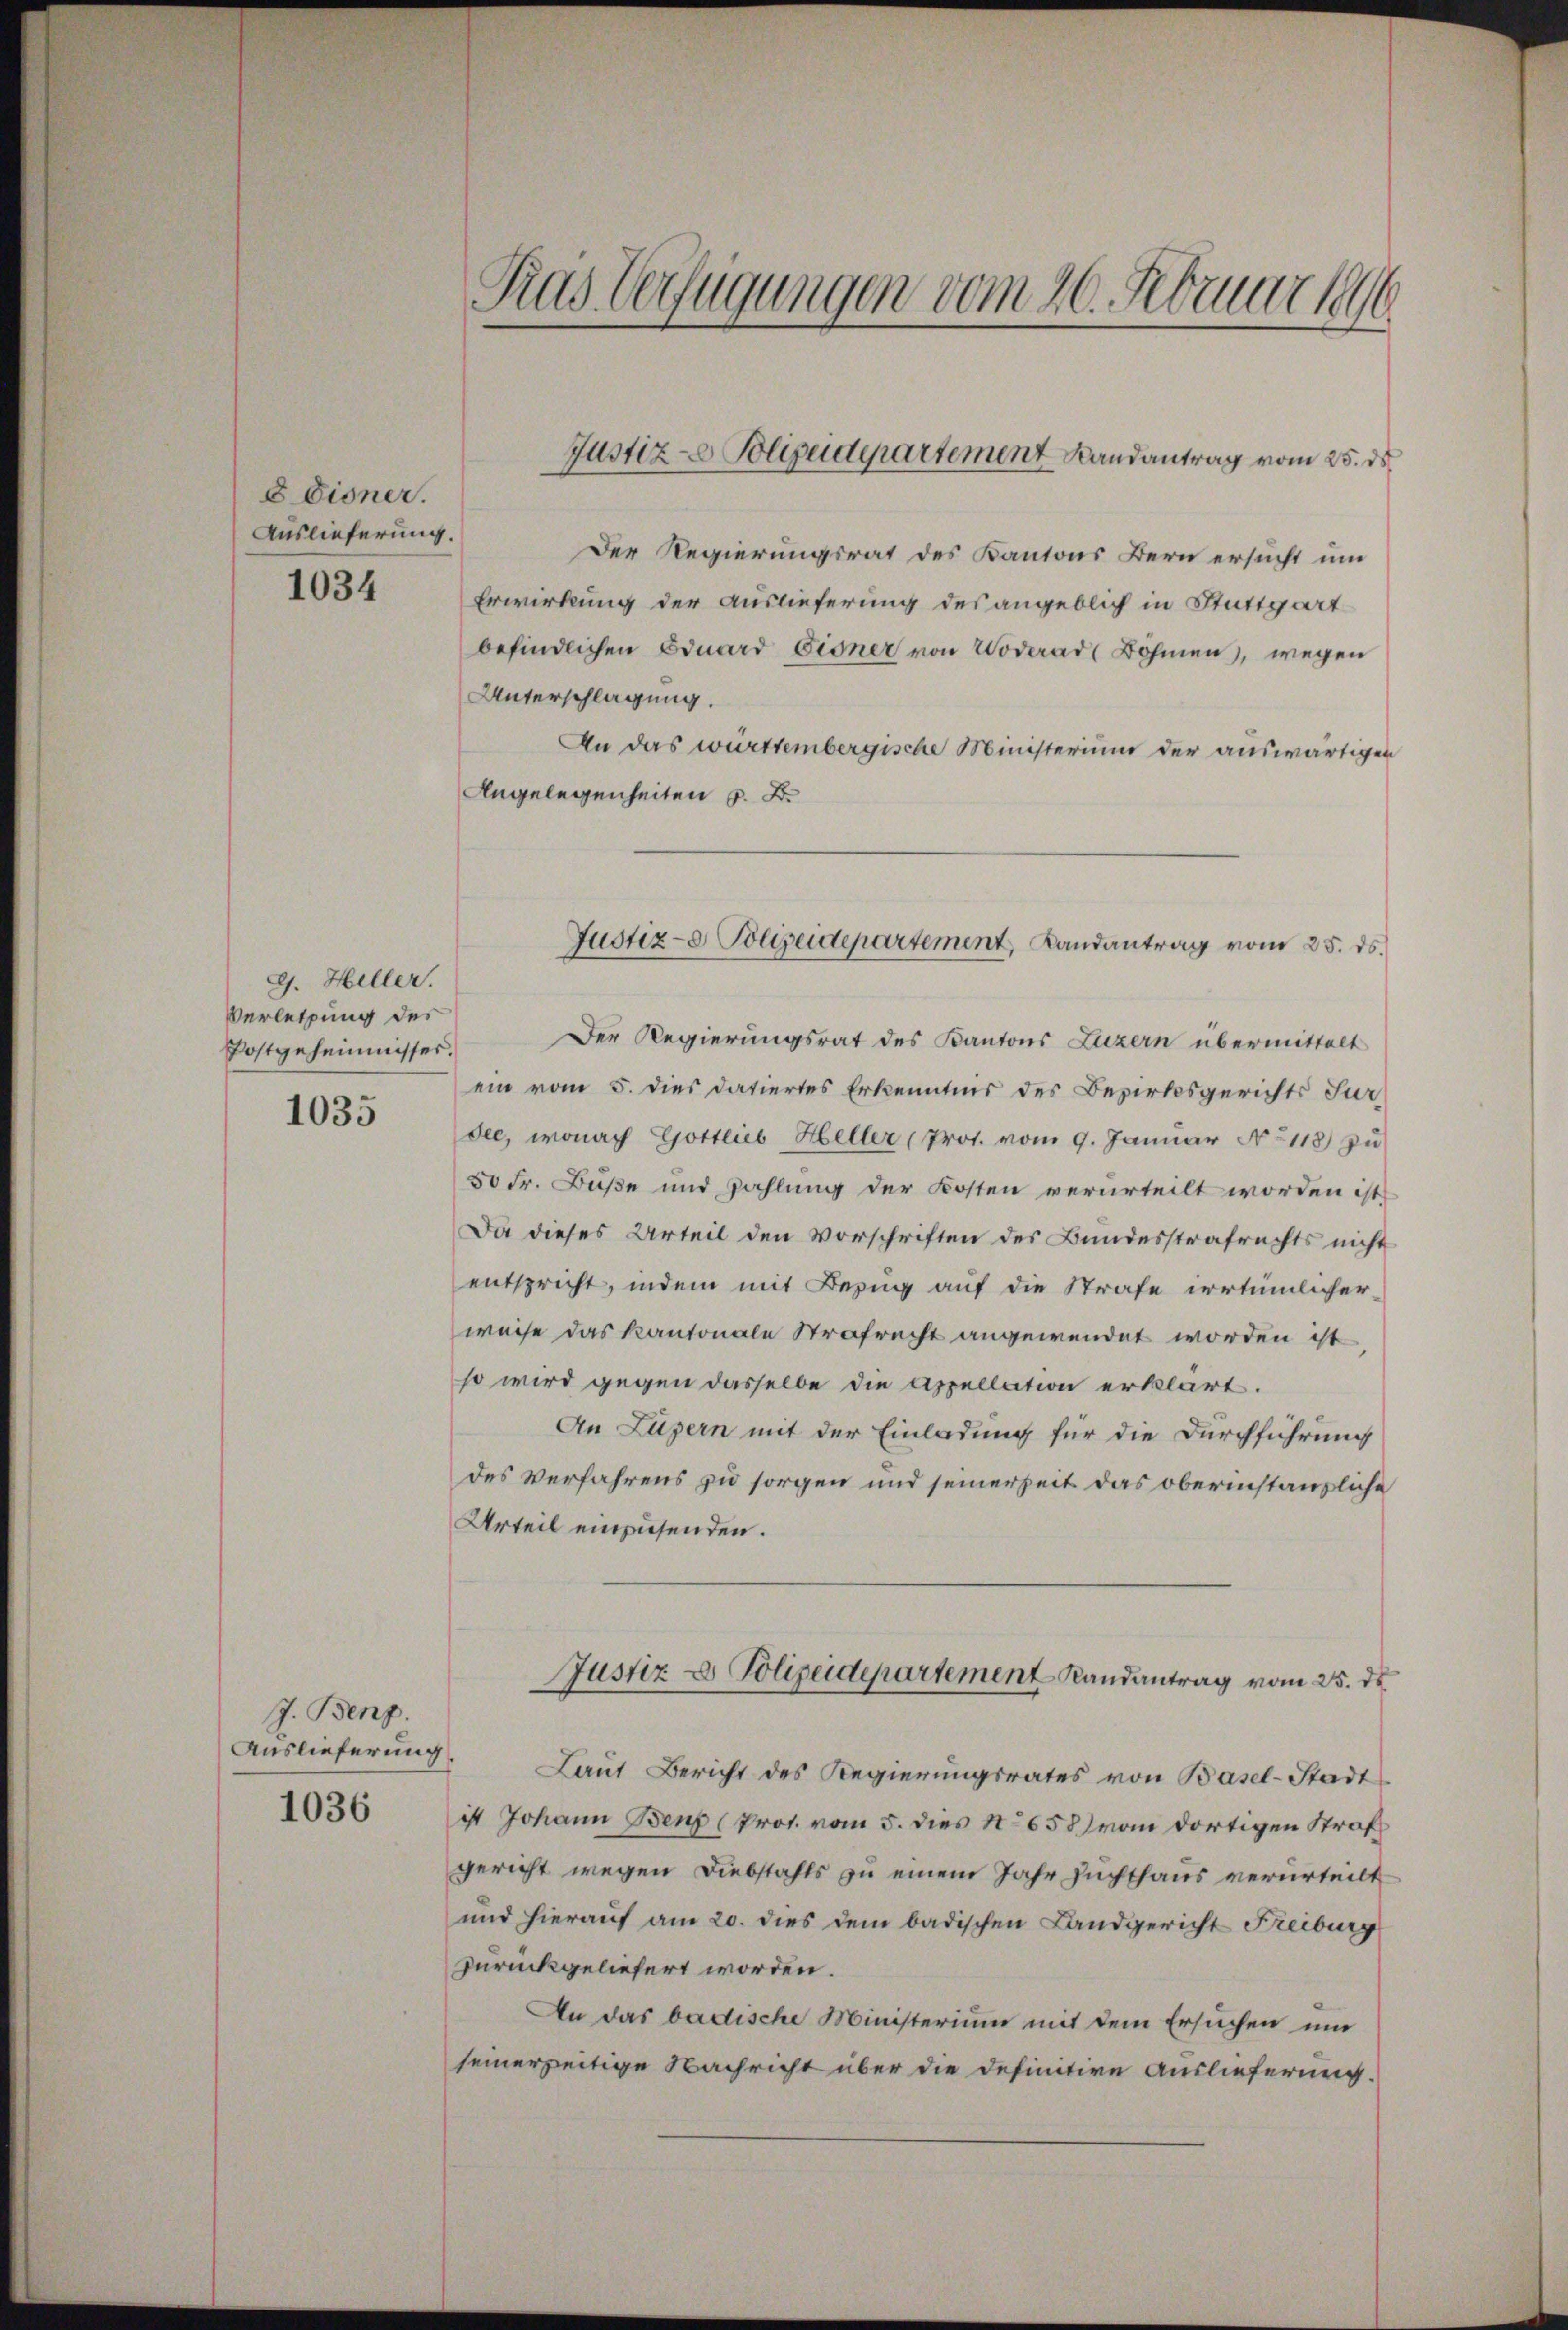
8 diener.
Auslieferung.

1034

G. Heller.
Verletzung des
Postgeheimnisses.

1035

J. Benz.
Auslieferung
1036

Tras Verfügungen vom 26. Februar 1896

Der Regierungsrat des Kantons Bern ersucht um
Erwirkung der Auslieferung des angeblich in Stuttgart
befindlichen Eduard Eisner von Woderar (Böhmen, wegen
Unterschlagung.
An das württembergische Ministerium der auswärtigen
Angelegenheiten z. B.
Der Regierungsrat des Kantons Luzern übermittelt
ein vom 5. dies datiertes Erkenntnis des Bezirksgerichts Jur
dee, wonach Gottlieb Heller (Prot. vom 9. Januar No 118) zu
50 Fr. Buße und Zahlung der Kosten verurteilt worden ist
Da dieses Urteil den Vorschriften des Bundesstrafrechts nicht
entspricht, indem mit Bezug auf die Strafe irrtümlicher
weise das Kantonale Strafrecht angewendet worden ist
so wird gegen dasselbe die Appellation erklärt.
An Luzern mit der Einladung für die Durchführung
des Verfahrens zu sorgen und seinerzeit das oberinstanzliche
Urteil einzusenden.
Justiz & Polizeidepartement Randantrag vom 25. ds.
Laut Bericht des Regierungsrates von Basel-Stadt
ist Johann Benz (Prot. vom 5. dies No 658 vom dortigen Straf
gericht wegen Diebstahls zu einem Jahr Zuchthaus verurteilt
und hierauf am 20. dies dem badischen Landgericht Freiburg
zurückgeliefert worden.
An das badische Ministerium mit dem Ersuchen um
seinerzeitige Nachricht über die definitive Auslieferung.

Justiz- Polizeidepartement Landantrag vom 25. ds

Justiz- & Polizeidepartement, Landantrag vom 25. ds.